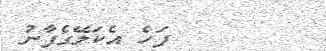
ފަހެ އެކަލޭގެފާނު